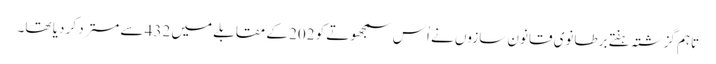
تاہم گزشتہ ہفتے برطانوی قانون سازوں نے اُس سمجھوتے کو 202 کے مقابلے میں 432 سے مسترد کر دیا تھا۔